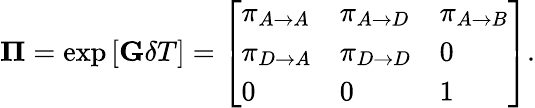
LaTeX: \mathbf{\Pi}=\exp\left[\mathbf{G}\delta T\right]=\left[\begin{array}{lll}{\pi_{A\rightarrow A}}&{\pi_{A\rightarrow D}}&{\pi_{A\rightarrow B}}\\ {\pi_{D\rightarrow A}}&{\pi_{D\rightarrow D}}&{0}\\ {0}&{0}&{1}\end{array}\right].